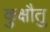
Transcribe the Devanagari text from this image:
कुक्षौतु